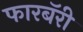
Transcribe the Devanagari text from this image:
फारबॅरी